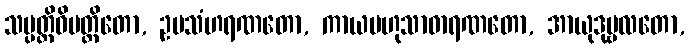
သမ္ပတ္တိဝိပတ္တိတော, ဥပသံဟရဏတော, ကာယဗဟုသာဓာရဏတော, အာယုဒုဗ္ဗလတော,